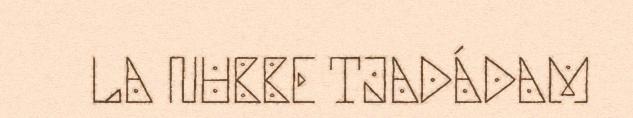
LA NUBBE TJADÁDAM